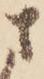
さ